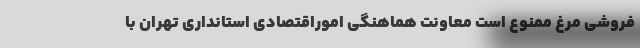
فروشی مرغ ممنوع است معاونت هماهنگی اموراقتصادی استانداری تهران با